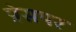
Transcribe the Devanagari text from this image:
प्रेसपर